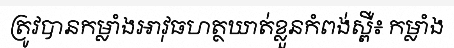
ត្រូវបានកម្លាំងអាវុធហត្ថឃាត់ខ្លួនកំពង់ស្ពឺ៖ កម្លាំង